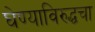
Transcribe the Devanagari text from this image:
घेण्याविरुद्धचा